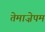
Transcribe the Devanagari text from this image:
तेमाज़ेपम